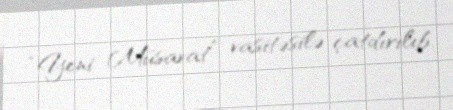
“Yeni Müsavat” vasitəsilə çatdırılıb.